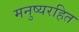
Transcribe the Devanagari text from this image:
मनुष्यरहित